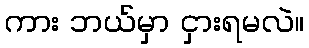
ကား ဘယ်မှာ ငှားရမလဲ။